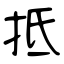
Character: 抵